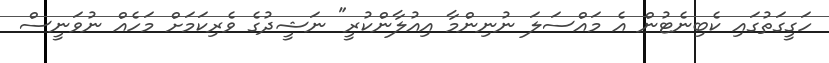
ހަގީގަތުގައި ކެބިނެޓުން އެ މައްސަލަ ނުނިންމާ އިއުލާންކުރީ" ނަޝީދުގެ ވެރިކަމަށް މަހެއް ނުވަނީސް